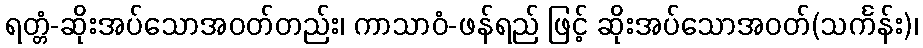
ရတ္တံ-ဆိုးအပ်သောအဝတ်တည်း၊ ကာသာဝံ-ဖန်ရည် ဖြင့် ဆိုးအပ်သောအဝတ်(သင်္ကန်း)၊